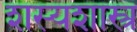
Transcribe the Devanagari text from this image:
शस्यशास्त्र